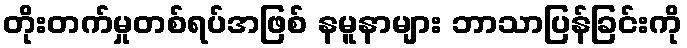
တိုးတက်မှုတစ်ရပ်အဖြစ် နမူနာများ ဘာသာပြန်ခြင်းကို